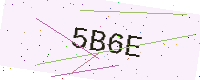
Text: 5B6E